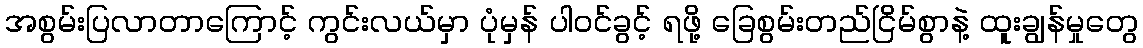
အစွမ်းပြလာတာကြောင့် ကွင်းလယ်မှာ ပုံမှန် ပါဝင်ခွင့် ရဖို့ ခြေစွမ်းတည်ငြိမ်စွာနဲ့ ထူးချွန်မှုတွေ